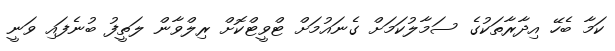
ކަމާ ބެހޭ އިދާރާތަކުގެ ސަމާލުކަމަށް ގެނައުމަށް ޓްވީޓްކޮށް ރިލްވާން ލަތީފު ބުނެފައި ވަނީ